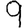
Digit: 9